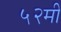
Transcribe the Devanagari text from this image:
५२मी